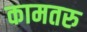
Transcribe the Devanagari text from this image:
कामतरु